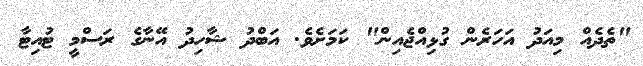
"ތެދެއް މިއަދު އަހަރެން ގުޅިއްޖެއިން" ކަމަށެވެ. އަބްދު ޝާހިދު އޭނާގެ ރަސްމީ ޓުއިޓާ